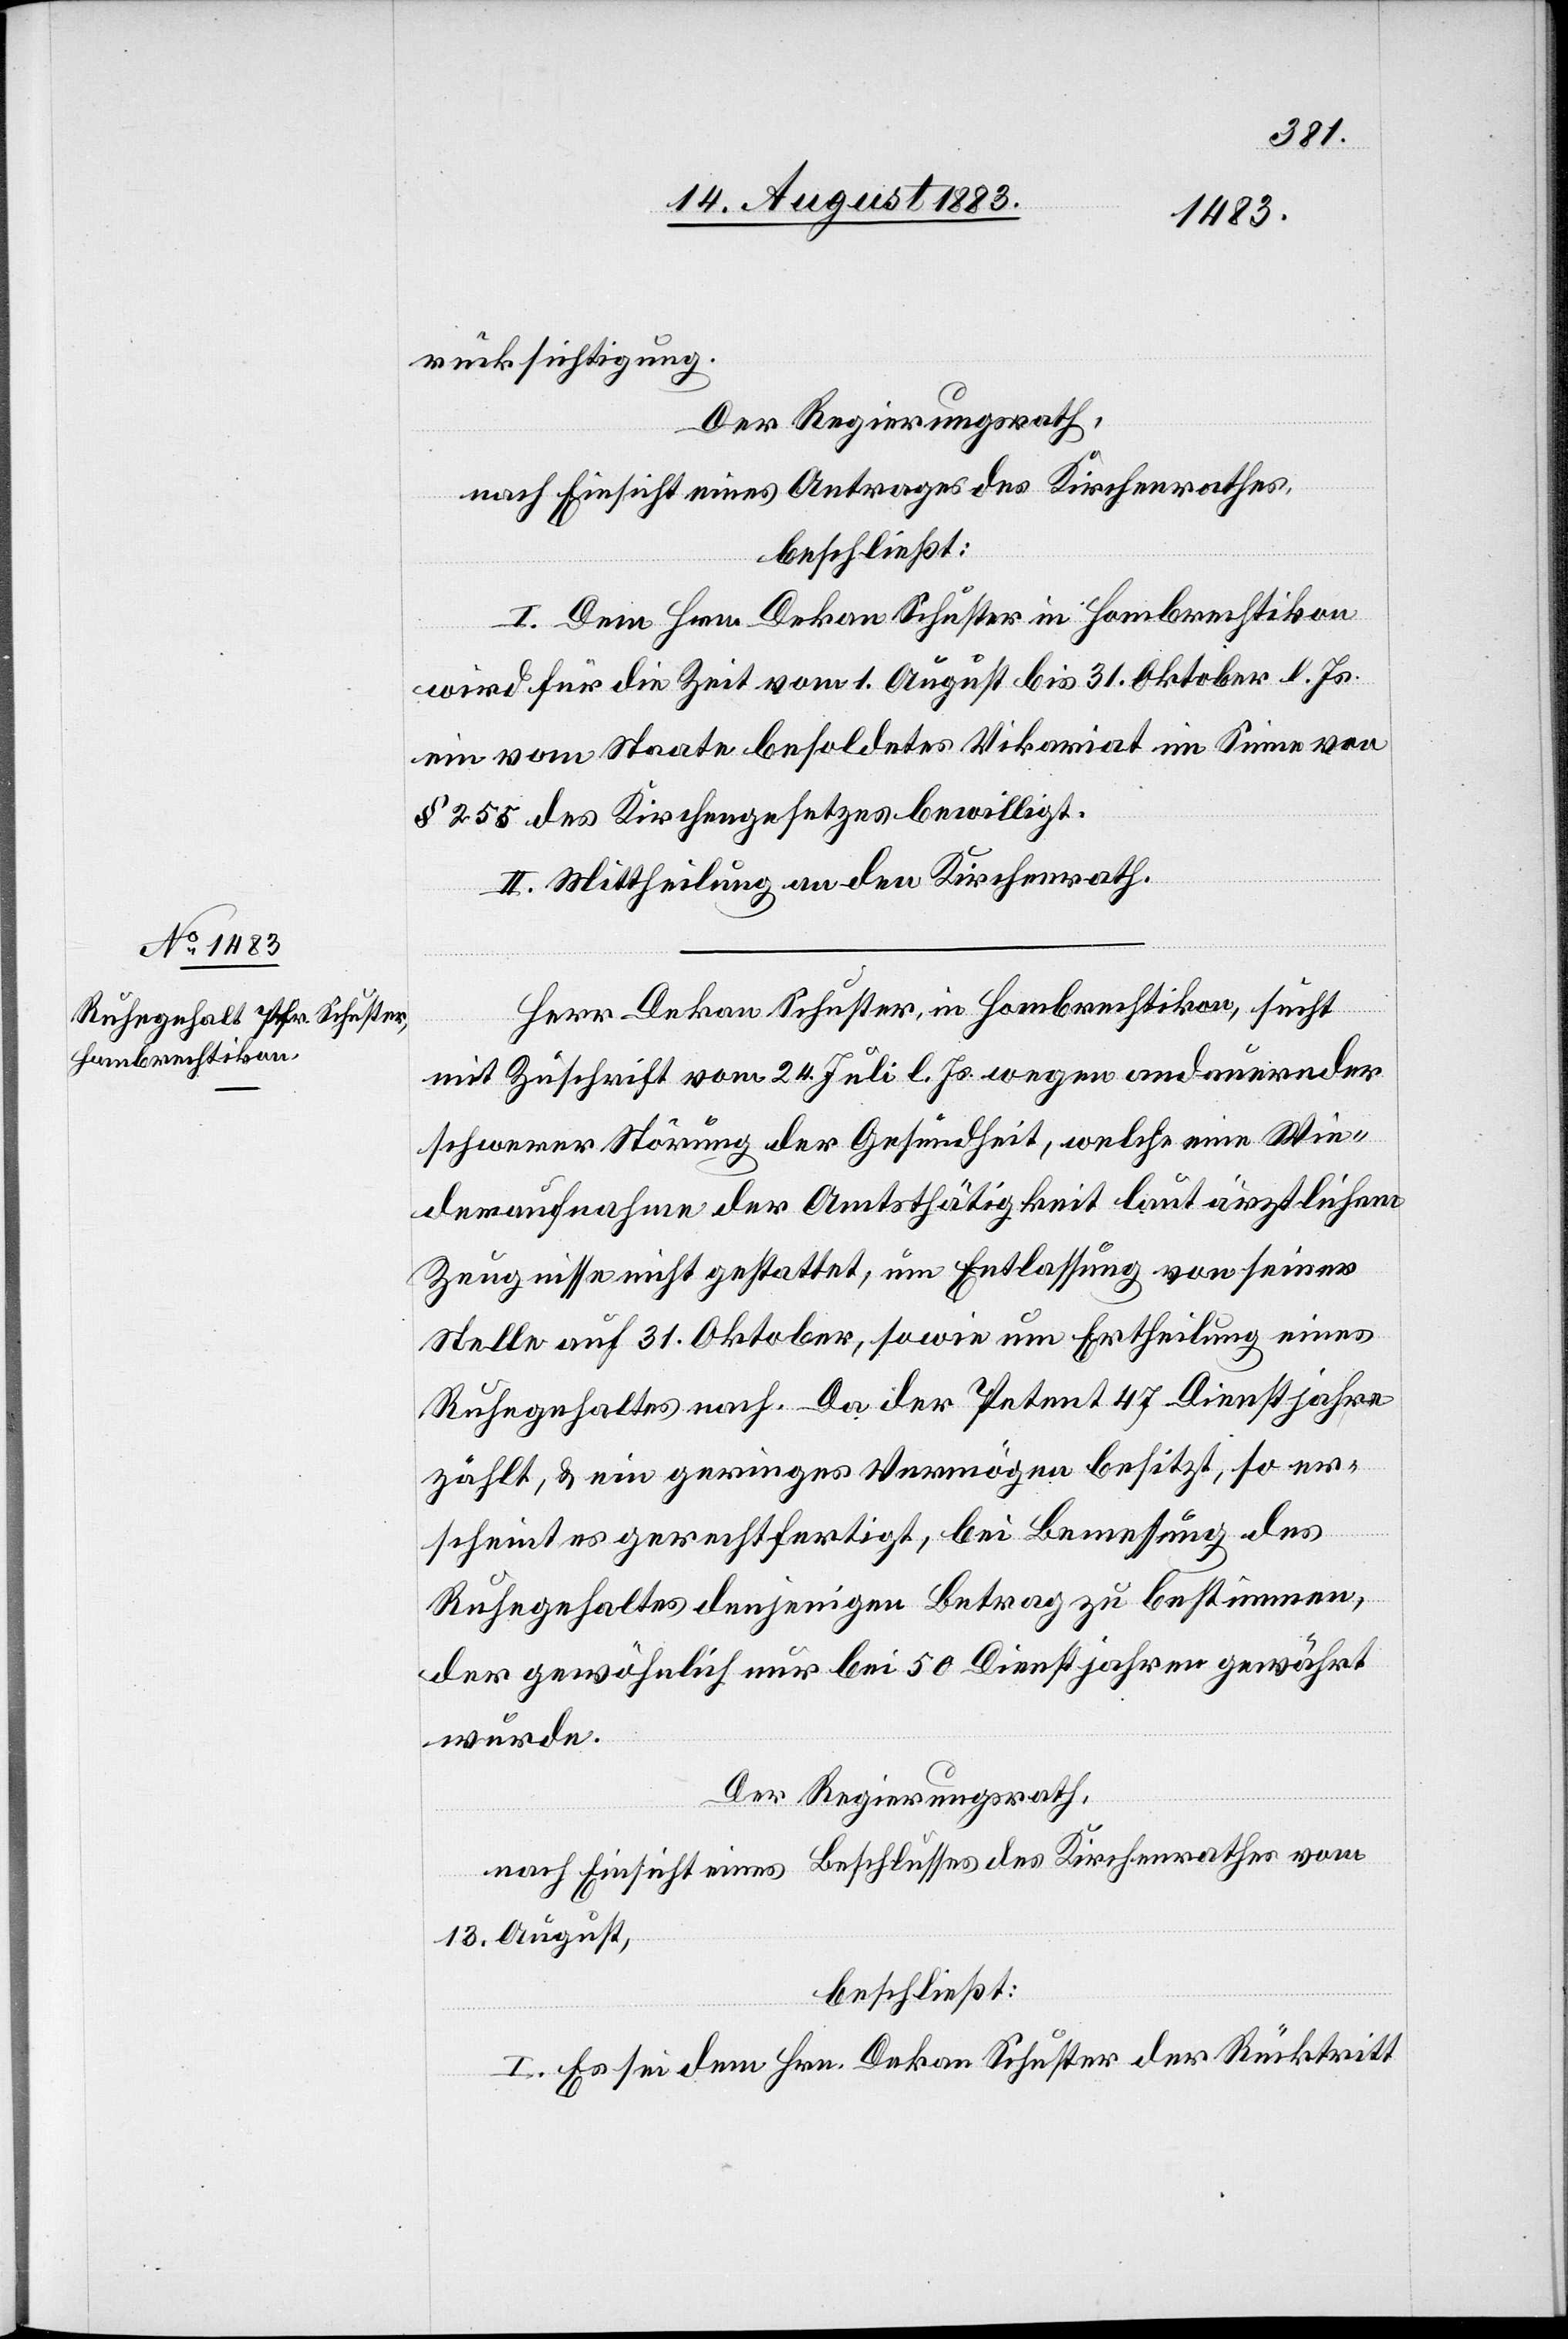
rücksichtigung.
Der Regierungsrath,
nach Einsicht eines Antrages des Kirchenrathes,
beschließt:
I. Dem Hrn. Dekan Schuster in Hombrechtikon
wird für die Zeit vom 1. August bis 31. Oktober l. Js.
ein vom Staate besoldetes Vikariat im Sinne von
§ 255 des Kirchengesetzes bewilligt.
II. Mittheilung an den Kirchenrath.
Herr Dekan Schuster, in Hombrechtikon, sucht
mit Zuschrift vom 24. Juli l. Js. wegen andauernder
schwerer Störung der Gesundheit, welche eine Wie¬
deraufnahme der Amtsthätigkeit laut ärztlichem
Zeugnisse nicht gestattet, um Entlassung von seiner
Stelle auf 31. Oktober, sowie um Ertheilung eines
Ruhegehaltes nach. Da der Petent 47 Dienstjahre
zählt, & ein geringes Vermögen besitzt, so er¬
scheint es gerechtfertigt, bei Bemessung des
Ruhegehaltes denjenigen Betrag zu bestimmen,
der gewöhnlich nur bei 50 Dienstjahren gewährt
wurde.
Der Regierungsrath,
nach Einsicht eines Beschlusses des Kirchenrathes vom
13. August,
beschließt:
I. Es sei dem Hrn. Dekan Schuster der Rücktritt